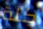
كلة